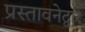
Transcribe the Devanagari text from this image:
प्रस्तावनेद्वारे